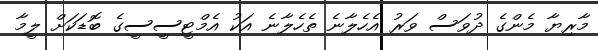
މާރިޔާ މެންގެ ދުވަސް ވަރު އެހެލާނެ ތެހެލާނެ އަކު އެމްޓީސީސީގެ ބޮޑަކަށް ލީމާ